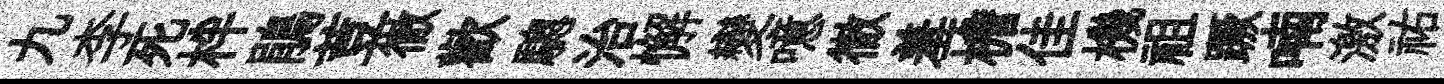
九李死柈鵑荳徹歡驄治懈變噫徹羞檐佳機祖蹶喃激祐